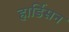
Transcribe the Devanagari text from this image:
हार्डिसन